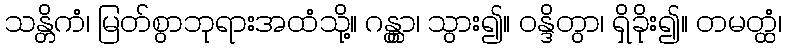
သန္တိကံ၊ မြတ်စွာဘုရားအထံသို့။ ဂန္တွာ၊ သွား၍။ ဝန္ဒိတွာ၊ ရှိခိုး၍။ တမတ္ထံ၊